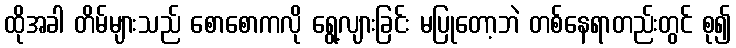
ထိုအခါ တိမ်များသည် စောစောကလို ရွေ့လျားခြင်း မပြုတော့ဘဲ တစ်နေရာတည်းတွင် စု၍